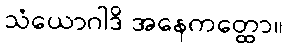
သံယောဂါဒိ အနေကတ္ထော။